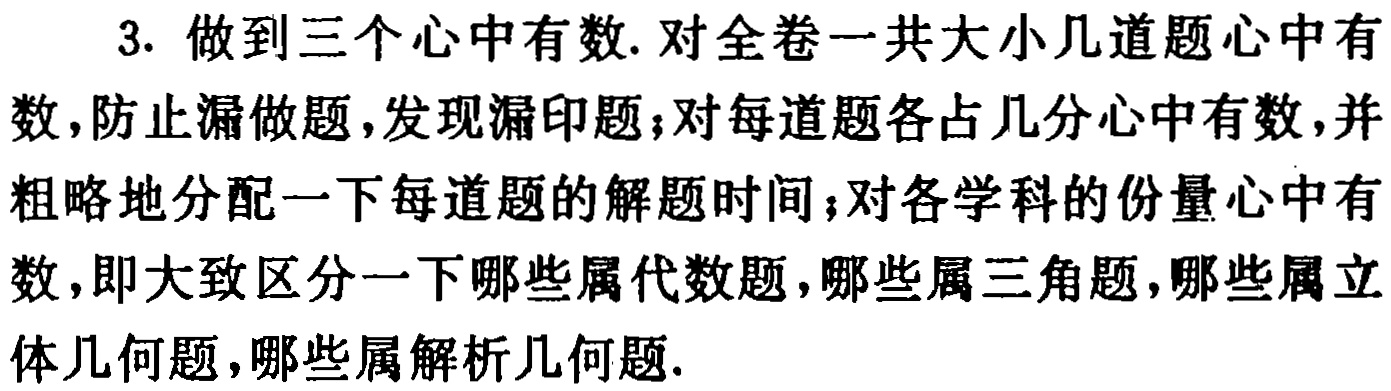
3. 做到三个心中有数. 对全卷一共大小几道题心中有数,防止漏做题,发现漏印题；对每道题各占几分心中有数,并粗略地分配一下每道题的解题时间；对各学科的份量心中有数,即大致区分一下哪些属代数题,哪些属三角题,哪些属立体几何题,哪些属解析几何题.